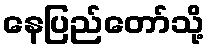
နေပြည်တော်သို့